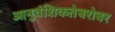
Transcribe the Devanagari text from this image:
आनुवंशिकतेबरोबर